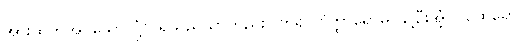
အားထုတ်အပ်သောလုံ့လရှိသည်သာတည်း။ ကိရ (ဝိတ္ထာရောမိ၊ ချဲ့ဦးအံ့။) ထေရော၊